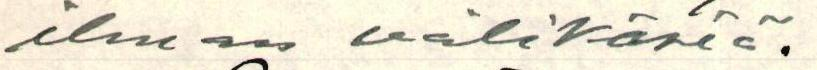
ilman välikäsiä.